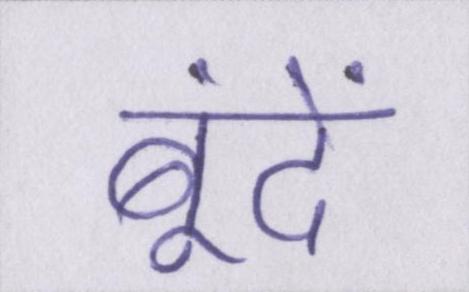
बूंदें